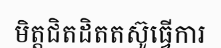
មិត្តជិតដិតតស៊ូធ្វើការ